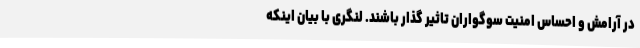
در آرامش و احساس امنیت سوگواران تاثیر گذار باشند. لنگری با بیان اینکه